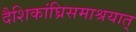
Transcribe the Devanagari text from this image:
दैशिकांघ्रिसमाश्रयात्